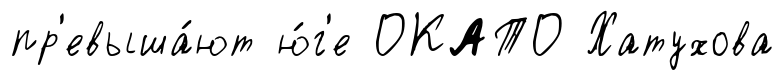
пр'евыша́ют ю́г'е ОКАТО Хатухова